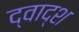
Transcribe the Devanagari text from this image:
द्वाद्श